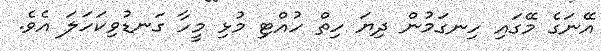
އޭނަގެ މޭގައި ހިނގަމުން ދިޔަ ހިތް ހުއްޓި މުޅި މީހާ ގަނޑުވިކަހަލަ އެވެ.